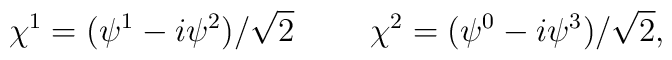
\chi^1=(\psi^1-i\psi^2)/\sqrt{2} ~~~~~~~ \chi^2 = (\psi^0-i\psi^3)/\sqrt{2},